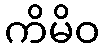
ကိမိဝ